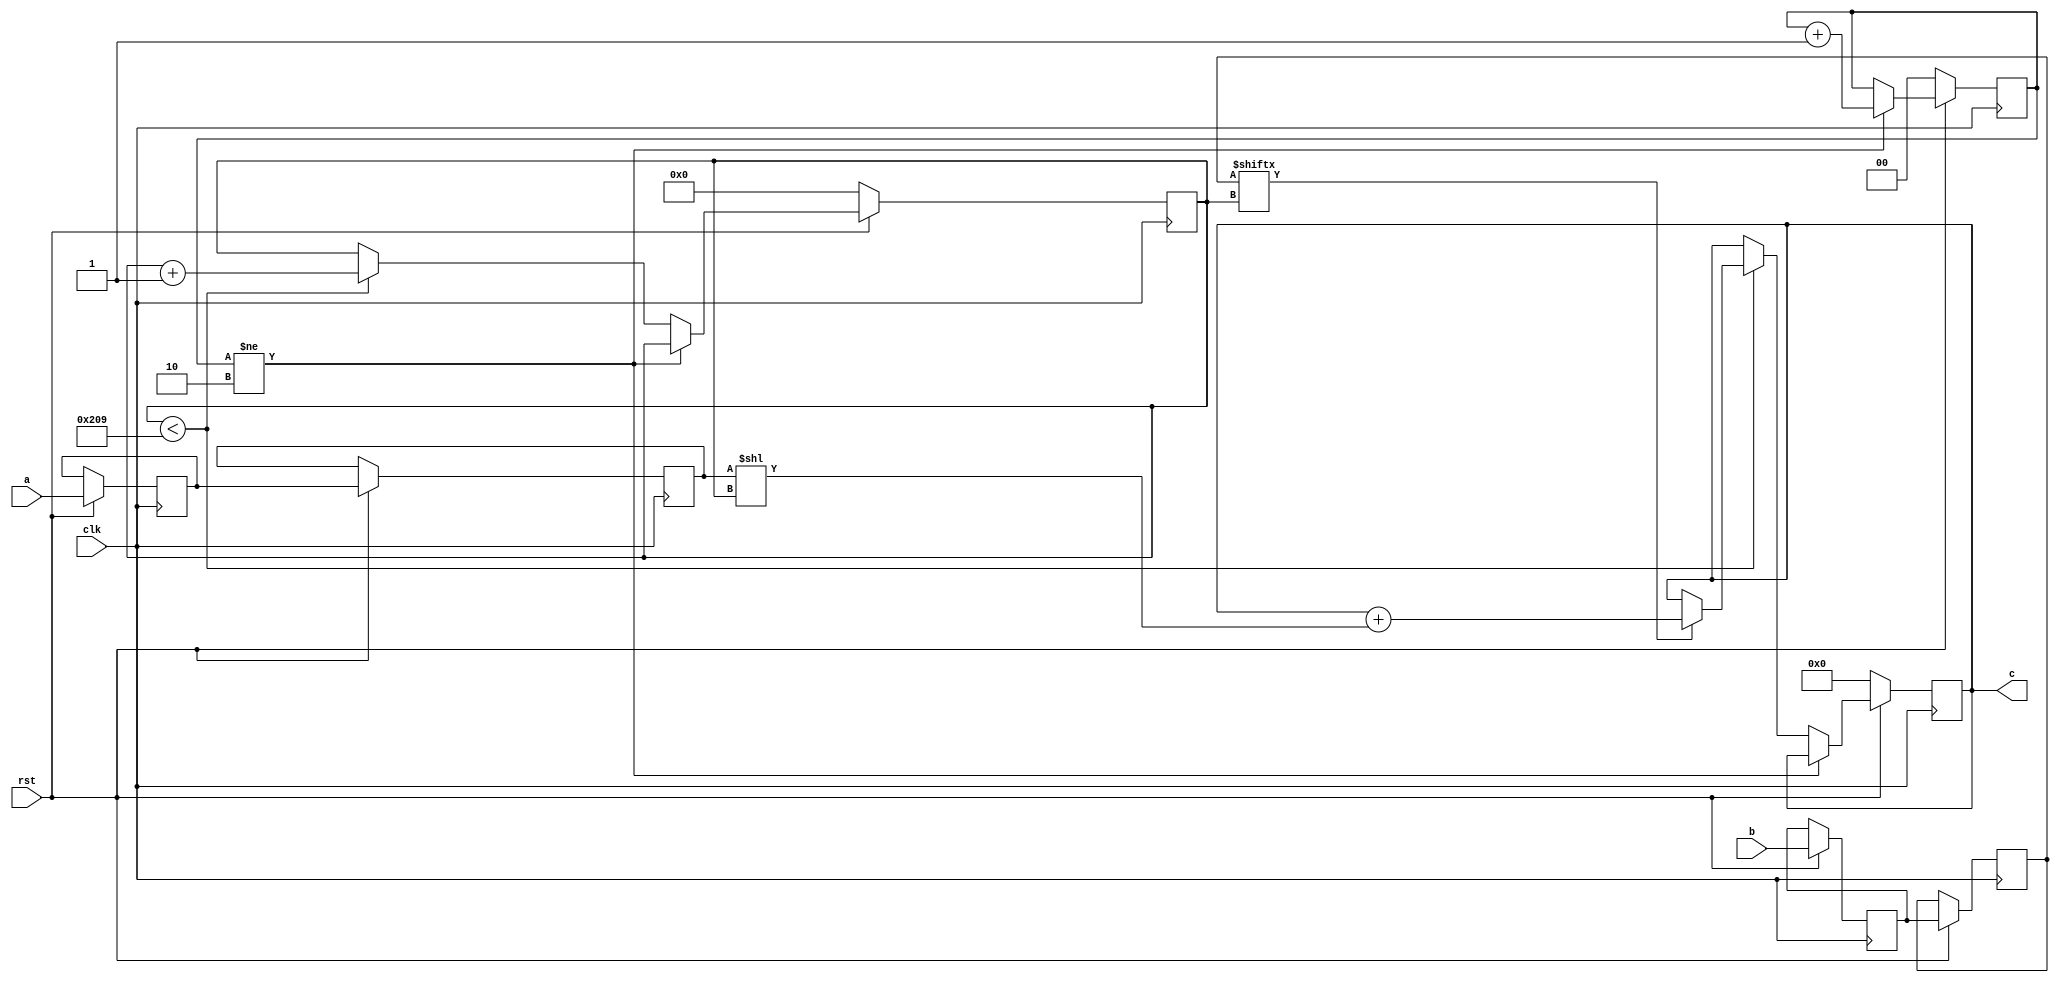
// TalTech large integer multiplier library
// Multiplier type: schoolbook
// Parameters: 521 521 3
// Target tool: genus
module schoolbook(clk, rst, a, b, c);
input clk;
input rst;
input [520:0] a;
input [520:0] b;
output reg [1041:0] c;

reg [520:0] a_temp_2;
reg [520:0] b_temp_2;
reg [520:0] a_temp_1;
reg [520:0] b_temp_1;

reg  [9:0] count;
reg  [1:0] skip;

always @(posedge clk) begin
	if (rst == 1'b0) begin
		c <= 1042'd0;
		count <= 10'd0;
		skip <= 2'd0;
	end
	else begin
		a_temp_1 <= a;
		b_temp_1 <= b;
		a_temp_2 <= a_temp_1;
		b_temp_2 <= b_temp_1;
		if (skip != 2) skip <= skip + 1;
		else begin
			if (count < 521) begin
				if (b_temp_2[count] == 1) begin
					c <= c + (a_temp_2 << count);
				end
				count <= count + 1;
			end
		end
	end
end
endmodule